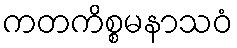
ကတကိစ္စမနာသဝံ